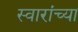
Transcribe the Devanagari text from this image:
स्वारांच्या